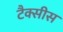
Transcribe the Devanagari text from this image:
टैक्सीस